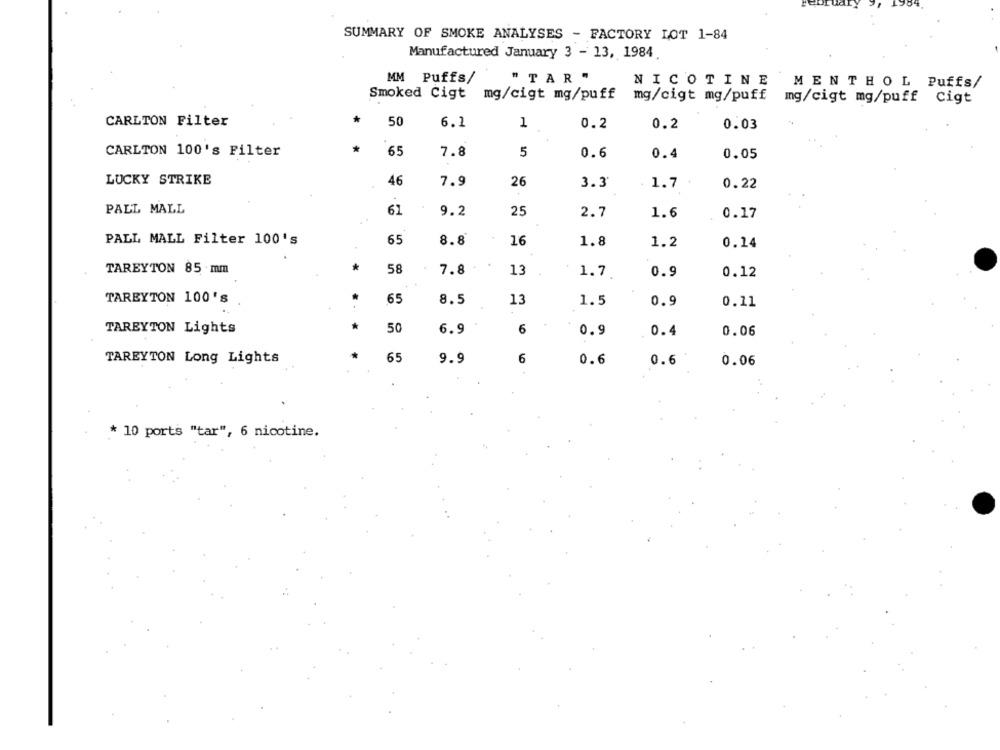
SUMMARY OF SMOKE ANALYSES - FACTORY LOT 1-84
Manufactured January 3 - 13, 1984.
MM Puffs/
" TAR"
NICOTINE
MENTHOL Puffs/
Smoked Cigt mg/cigt mg/puff
mg/cigt mg/puff mg/cigt mg/puff Cigt
CARLTON Filter
50
6.2
1
0.2
0.2
0.03
*
CARLTON 100's Filter
65
7.8
5
0.6
0.4
0.05
LUCKY STRIKE
7.9
46
26
3.3
1.7
0.22
PALL MALL
25
61
9.2
2.7
1.6
0.17
PALL MALL Filter 100's
65
8.8
16
1.8
1.2
0.14
TAREYTON 85 mm
58
7.8
13
1.7
0.9
0.12
TAREYTON 100's
65
8.5
13
1.5
0.9
0.11
TAREYTON Lights
50
6.9
6
0.9
0.4
0.06
TAREYTON Long Lights
65
9.9
6
0.6
0.6
0.06
* 10 ports "tar", 6 nicotine.